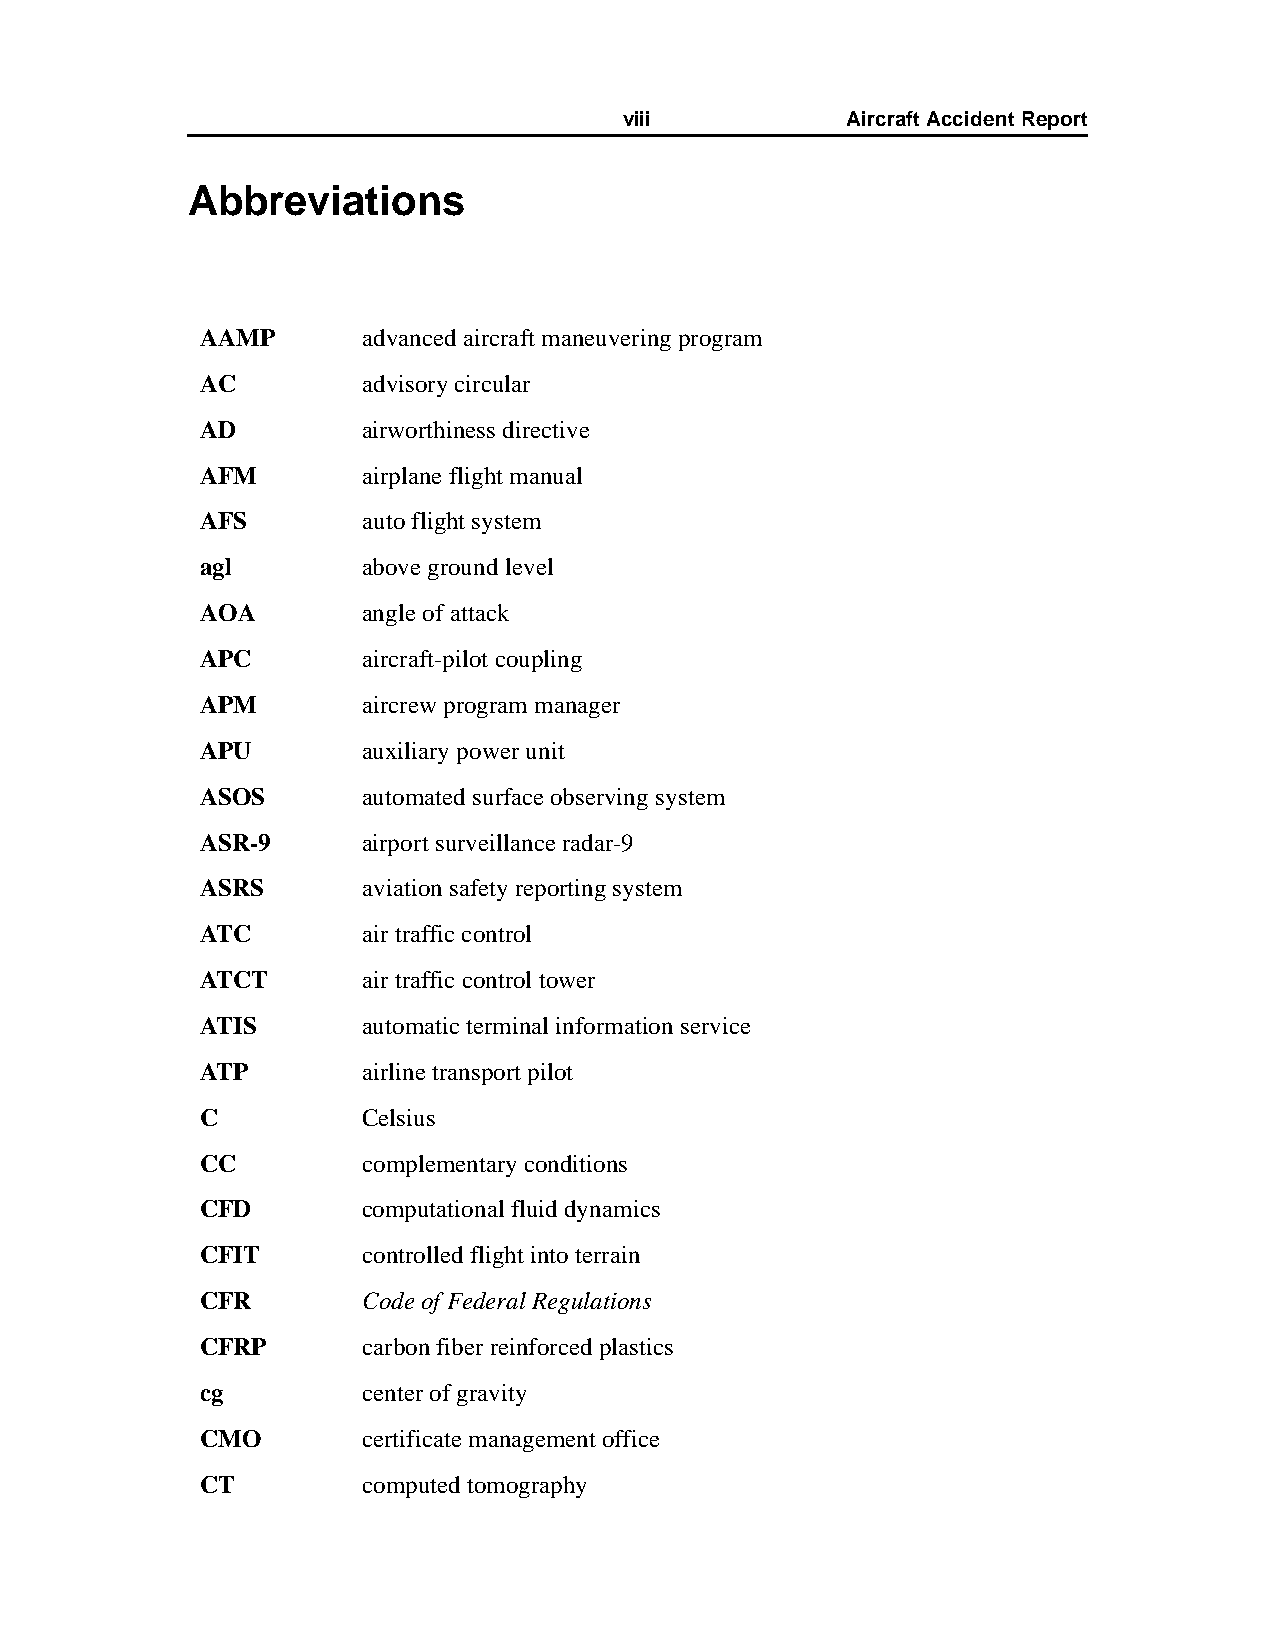
viii           AircraftAccidentReport
 Abbreviations
 AAMP       advanced aircraft maneuvering program
 AC         advisory circular
 AD         airworthiness directive
 AFM        airplane flight manual
 AFS        auto flight system
 agl        above ground level
 AOA        angle of attack
 APC        aircraft-pilot coupling
 APM        aircrew program manager
 APU        auxiliary power unit
 ASOS       automated surface observing system
 ASR-9      airport surveillance radar-9
 ASRS       aviation safety reporting system
 ATC        air traffic control
 ATCT       air traffic control tower
 ATIS       automatic terminal information service
 ATP        airline transport pilot
 C          Celsius
 CC         complementary conditions
 CFD        computational fluid dynamics
 CFIT       controlled flight into terrain
 CFR        Code of Federal Regulations
 CFRP       carbon fiber reinforced plastics
 cg         center of gravity
 CMO        certificate management office
 CT         computed tomography